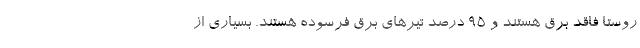
روستا فاقد برق هستند و 95 درصد تیرهای برق فرسوده هستند. بسیاری از